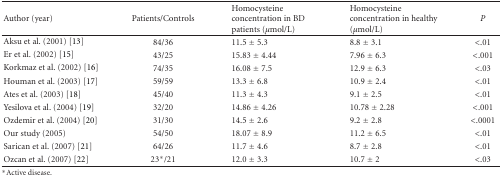
| Author (year) | Patients/Controls | Homocysteine concentration in BD patients (μmol/L) | Homocysteine concentration in healthy (μmol/L) | P |
 | --- | --- | --- | --- | --- |
 | Aksu et al. (2001) [13] | 84/36 | 11.5 ± 5.3 | 8.8 ± 3.1 | <.01 |
 | Er et al. (2002) [15] | 43/25 | 15.83 ± 4.44 | 7.96 ± 6.3 | <.001 |
 | Korkmaz et al. (2002) [16] | 74/35 | 16.08 ± 7.5 | 12.9 ± 6.3 | <.03 |
 | Houman et al. (2003) [17] | 59/59 | 13.3 ± 6.8 | 10.9 ± 2.4 | <.01 |
 | Ates et al. (2003) [18] | 45/40 | 11.3 ± 4.3 | 9.1 ± 2.5 | <.01 |
 | Yesilova et al. (2004) [19] | 32/20 | 14.86 ± 4.26 | 10.78 ± 2.28 | <.001 |
 | Ozdemir et al. (2004) [20] | 31/30 | 14.5 ± 2.6 | 9.2 ± 2.8 | <.0001 |
 | Our study (2005) | 54/50 | 18.07 ± 8.9 | 11.2 ± 6.5 | <.01 |
 | Sarican et al. (2007) [21] | 64/26 | 11.7 ± 4.6 | 8.7 ± 2.8 | <.01 |
 | Ozcan et al. (2007) [22] | 23*/21 | 12.0 ± 3.3 | 10.7 ± 2 | <.03 |